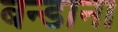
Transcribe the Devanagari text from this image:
बन्डाना